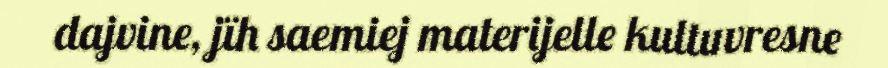
dajvine, jïh saemiej materijelle kultuvresne